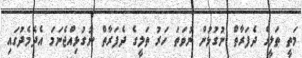
މަތީ ތަލީގެ ދެފަރާތް ނުގުޅުން ނުވަތަ ހަރު ތަލީގެ ދެފަރާތް ނުގުޅިއްޖެނަމަ އެދެމެދުގައި